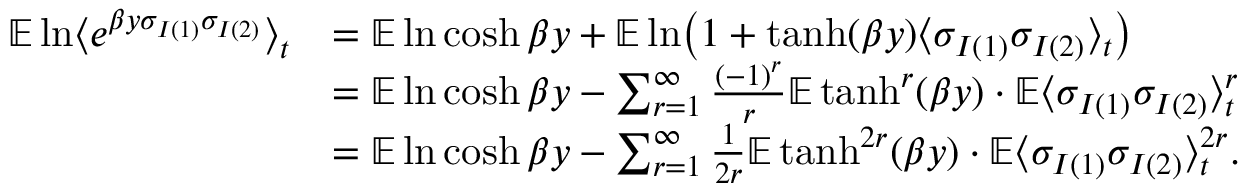
\begin{array} { r l } { \mathbb E \ln \bigl \langle e ^ { \beta y \sigma _ { I ( 1 ) } \sigma _ { I ( 2 ) } } \bigr \rangle _ { t } } & { = \mathbb E \ln \cosh \beta y + \mathbb E \ln \bigl ( 1 + \operatorname { t a n h } ( \beta y ) \langle \sigma _ { I ( 1 ) } \sigma _ { I ( 2 ) } \rangle _ { t } \bigr ) } \\ & { = \mathbb E \ln \cosh \beta y - \sum _ { r = 1 } ^ { \infty } \frac { ( - 1 ) ^ { r } } { r } \mathbb E \operatorname { t a n h } ^ { r } ( \beta y ) \cdot \mathbb E \langle \sigma _ { I ( 1 ) } \sigma _ { I ( 2 ) } \rangle _ { t } ^ { r } } \\ & { = \mathbb E \ln \cosh \beta y - \sum _ { r = 1 } ^ { \infty } \frac { 1 } { 2 r } \mathbb E \operatorname { t a n h } ^ { 2 r } ( \beta y ) \cdot \mathbb E \langle \sigma _ { I ( 1 ) } \sigma _ { I ( 2 ) } \rangle _ { t } ^ { 2 r } . } \end{array}